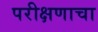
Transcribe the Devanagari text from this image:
परीक्षणाचा